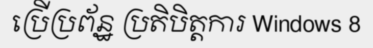
ប្រើប្រព័ន្ឋ ប្រតិបិត្តការ Windows 8